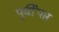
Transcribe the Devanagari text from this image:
पुर्वीपार